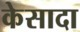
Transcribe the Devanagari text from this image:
केसादा